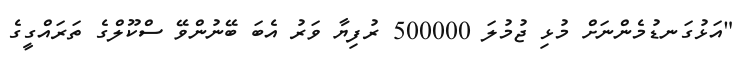
"އަޅުގަނޑުމެންނަށް މުޅި ޖުމުލަ 500000 ރުފިޔާ ވަރު އެބަ ބޭނުންވޭ ސްކޫލްގެ ތަރައްގީގެ